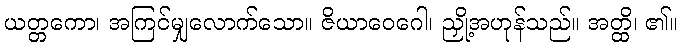
ယတ္တကော၊ အကြင်မျှလောက်သော။ ဇိယာဝေဂေါ၊ ညှို့အဟုန်သည်။ အတ္ထိ၊ ၏။